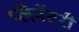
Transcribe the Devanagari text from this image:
प्लैनॅटरी